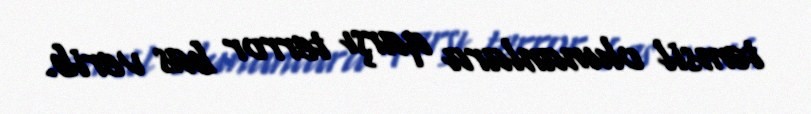
təmsil olunanlara qarşı terror bas verib.